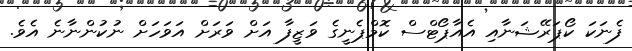
ފެނަކަ ކޯޕަރޭޝަނާއި އެއާޕޯޓްސް ކޮމްޕެނީގެ ވަޒީފާ އަށް ވަރަށް އަވަހަށް ނުކުންނާނެ އެވެ.